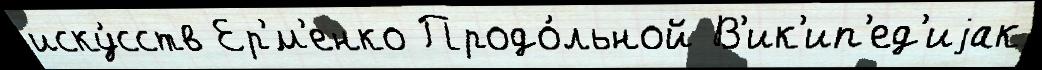
иску́сств Ер'́м'енко Продо́льной В'ик'ип'ед'иjак